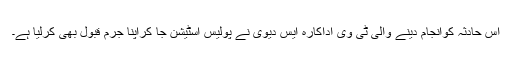
اس حادثہ کوانجام دینے والی ٹی وی اداکارہ ایس دیوی نے پولیس اسٹیشن جا کراپنا جرم قبول بھی کرلیا ہے۔